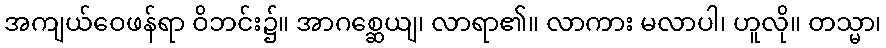
အကျယ်ဝေဖန်ရာ ဝိဘင်း၌။ အာဂစ္ဆေယျ၊ လာရာ၏။ လာကား မလာပါ၊ ဟူလို။ တသ္မာ၊